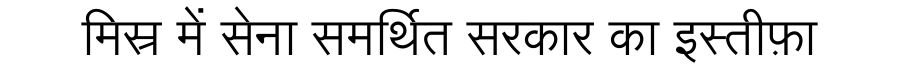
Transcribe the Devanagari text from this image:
मिस्र में सेना समर्थित सरकार का इस्तीफ़ा